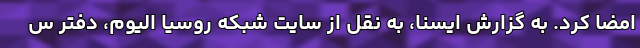
امضا کرد. به گزارش ایسنا، به نقل از سایت شبکه روسیا الیوم، دفتر س